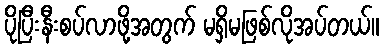
ပိုပြီးနီးစပ်လာဖို့အတွက် မရှိမဖြစ်လိုအပ်တယ်။